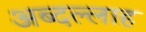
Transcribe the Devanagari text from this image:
अब्दल्लाह